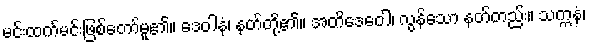
မင်းထက်မင်းဖြစ်တော်မူ၏။ ဒေဝါနံ၊ နတ်တို့၏။ အတိဒေဝေါ၊ လွန်သော နတ်တည်း။ သက္ကနံ၊